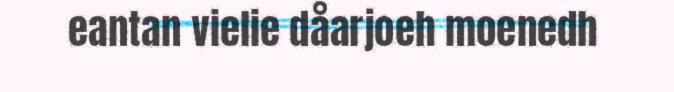
eantan vielie dåarjoeh moenedh